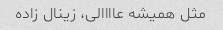
مثل همیشه عاااالی، زینال زاده